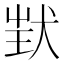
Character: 𤝶